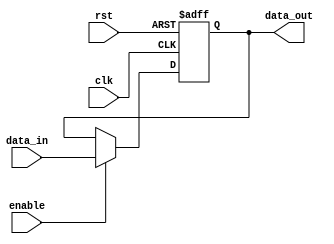
module ForwardingRegister #(
    parameter DATA_WIDTH = 32  // Parameter for data width
) (
    input wire clk,             // Clock signal
    input wire rst,             // Asynchronous reset signal
    input wire [DATA_WIDTH-1:0] data_in, // Data input
    input wire enable,          // Enable signal
    output reg [DATA_WIDTH-1:0] data_out // Data output
);

    // Asynchronous reset and synchronous update
    always @(posedge clk or posedge rst) begin
        if (rst) begin
            data_out <= {DATA_WIDTH{1'b0}}; // Reset output to zero
        end else if (enable) begin
            data_out <= data_in; // Update output with data input
        end
        // If enable is not asserted, data_out retains its previous value
    end

endmodule